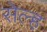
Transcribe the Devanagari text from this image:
सेल्‍ह